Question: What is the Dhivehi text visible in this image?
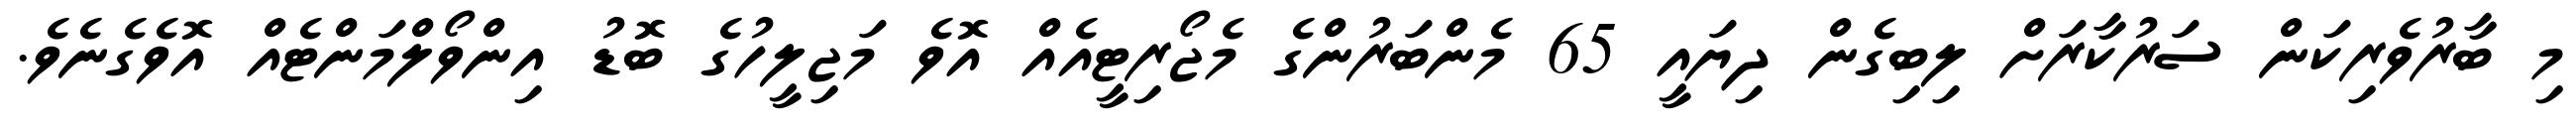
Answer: މި ބާރުވެރިކަން ސަރުކާރަށް ލިބިގެން ދިޔައީ 65 މެންބަރުންގެ މެޖޯރިޓީއެއް އޮވެ މަޖިލީހުގެ ބޮޑު އިންވޯލްމަންޓެއް އޮވެގެނެވެ.